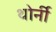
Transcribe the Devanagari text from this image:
थोर्नी